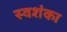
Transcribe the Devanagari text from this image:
स्वशंका